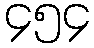
၄၅၄